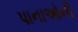
પાનાઓની